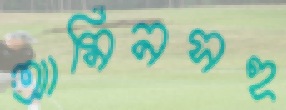
আমিনসহ